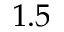
1 . 5